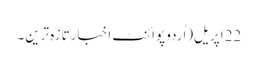
22 اپریل(اُردو پوائنٹ اخبارتازہ ترین۔